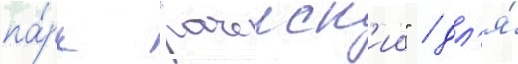
па́рк "рачеиск'ии" / дл'я́